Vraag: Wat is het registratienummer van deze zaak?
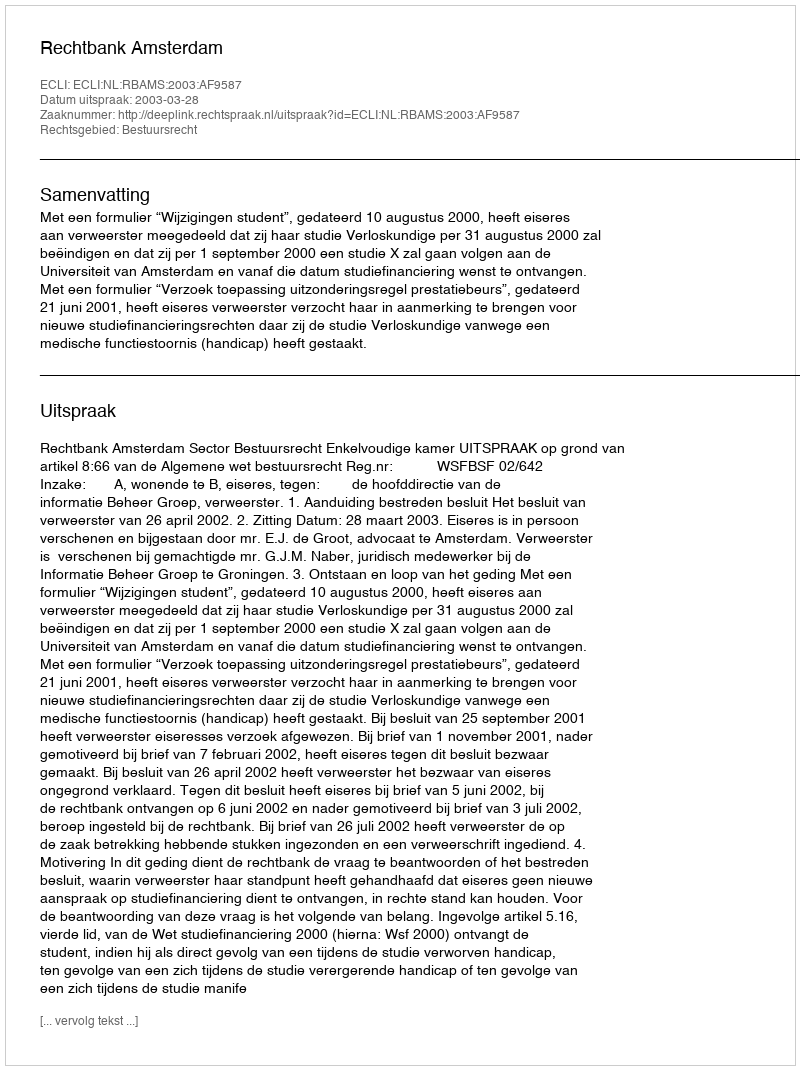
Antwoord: http://deeplink.rechtspraak.nl/uitspraak?id=ECLI:NL:RBAMS:2003:AF9587